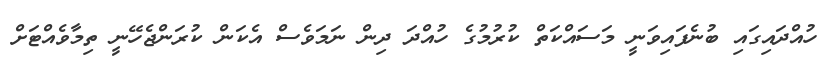
ހުއްދައިގައި ބުނެފައިވަނީ މަސައްކަތް ކުރުމުގެ ހުއްދަ ދިން ނަމަވެސް އެކަން ކުރަންޖެހޭނީ ތިމާވެއްޓަށް